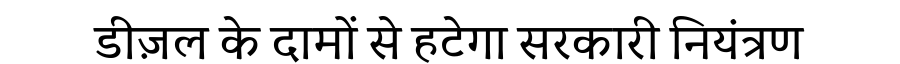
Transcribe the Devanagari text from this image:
डीज़ल के दामों से हटेगा सरकारी नियंत्रण